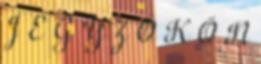
J E G Y Z Ő K Ö N